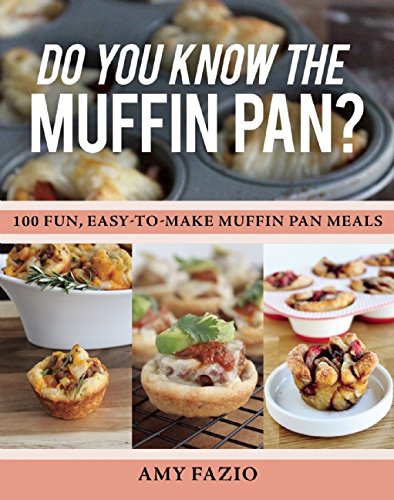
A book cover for Do You Know the Muffin Pan?: 100 Fun, Easy-to-Make Muffin Pan Meals; Amy Fazio; Cookbooks, Food & Wine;